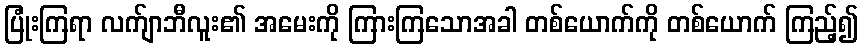
ပြုံးကြရာ လက်ျာဘီလူး၏ အမေးကို ကြားကြသောအခါ တစ်ယောက်ကို တစ်ယောက် ကြည့်၍